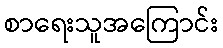
စာရေးသူအကြောင်း